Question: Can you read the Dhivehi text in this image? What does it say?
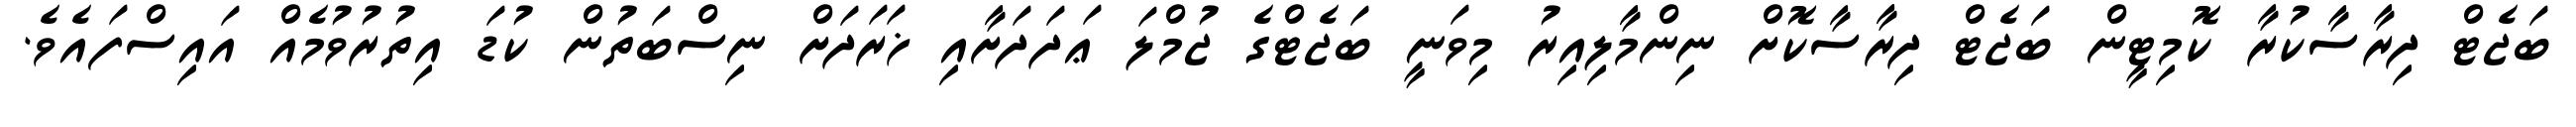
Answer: ބަޖެޓް ދިރާސާކުރާ ކޮމިޓީން ބަޖެޓް ދިރާސާކޮށް ނިންމާލިއިރު މިވަނީ ބަޖެޓްގެ ޖުމްލަ ޢަދަދަށާއި ޚަރަދަށް ނިސްބަތުން ކުޑަ އިތުރުވުމެއް އައިސްފައެވެ.